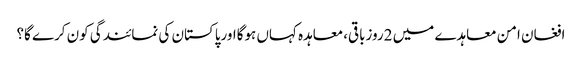
افغان امن معاہدے میں 2روزباقی،معاہدہ کہاں ہوگااورپاکستان کی نمائندگی کون کرے گا؟